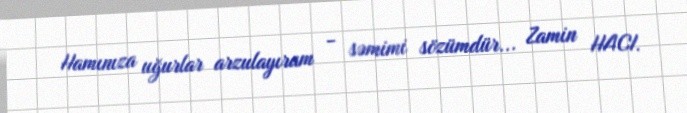
Hamınıza uğurlar arzulayıram - səmimi sözümdür... Zamin HACI.